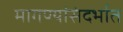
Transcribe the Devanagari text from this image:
मागण्यांसंदर्भात